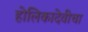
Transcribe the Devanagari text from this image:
होलिकादेवीचा